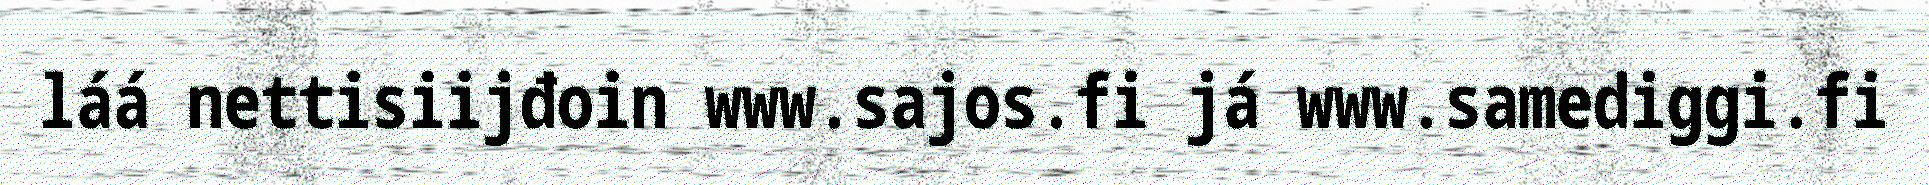
láá nettisiijđoin www.sajos.fi já www.samediggi.fi